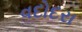
વદોદરા